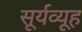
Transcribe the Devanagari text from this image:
सूर्यव्यूह